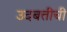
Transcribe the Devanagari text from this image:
उदबत्तीची